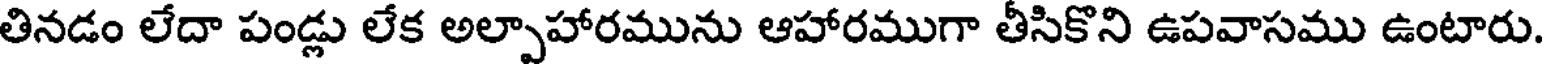
తినడం లేదా పండ్లు లేక అల్పాహారమును ఆహారముగా తీసికొని ఉపవాసము ఉంటారు